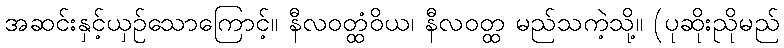
အဆင်းနှင့်ယှဉ်သောကြောင့်။ နီလဝတ္ထံဝိယ၊ နီလဝတ္ထ မည်သကဲ့သို့။ (ပုဆိုးညိုမည်